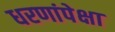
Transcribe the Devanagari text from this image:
धरणांपेक्षा